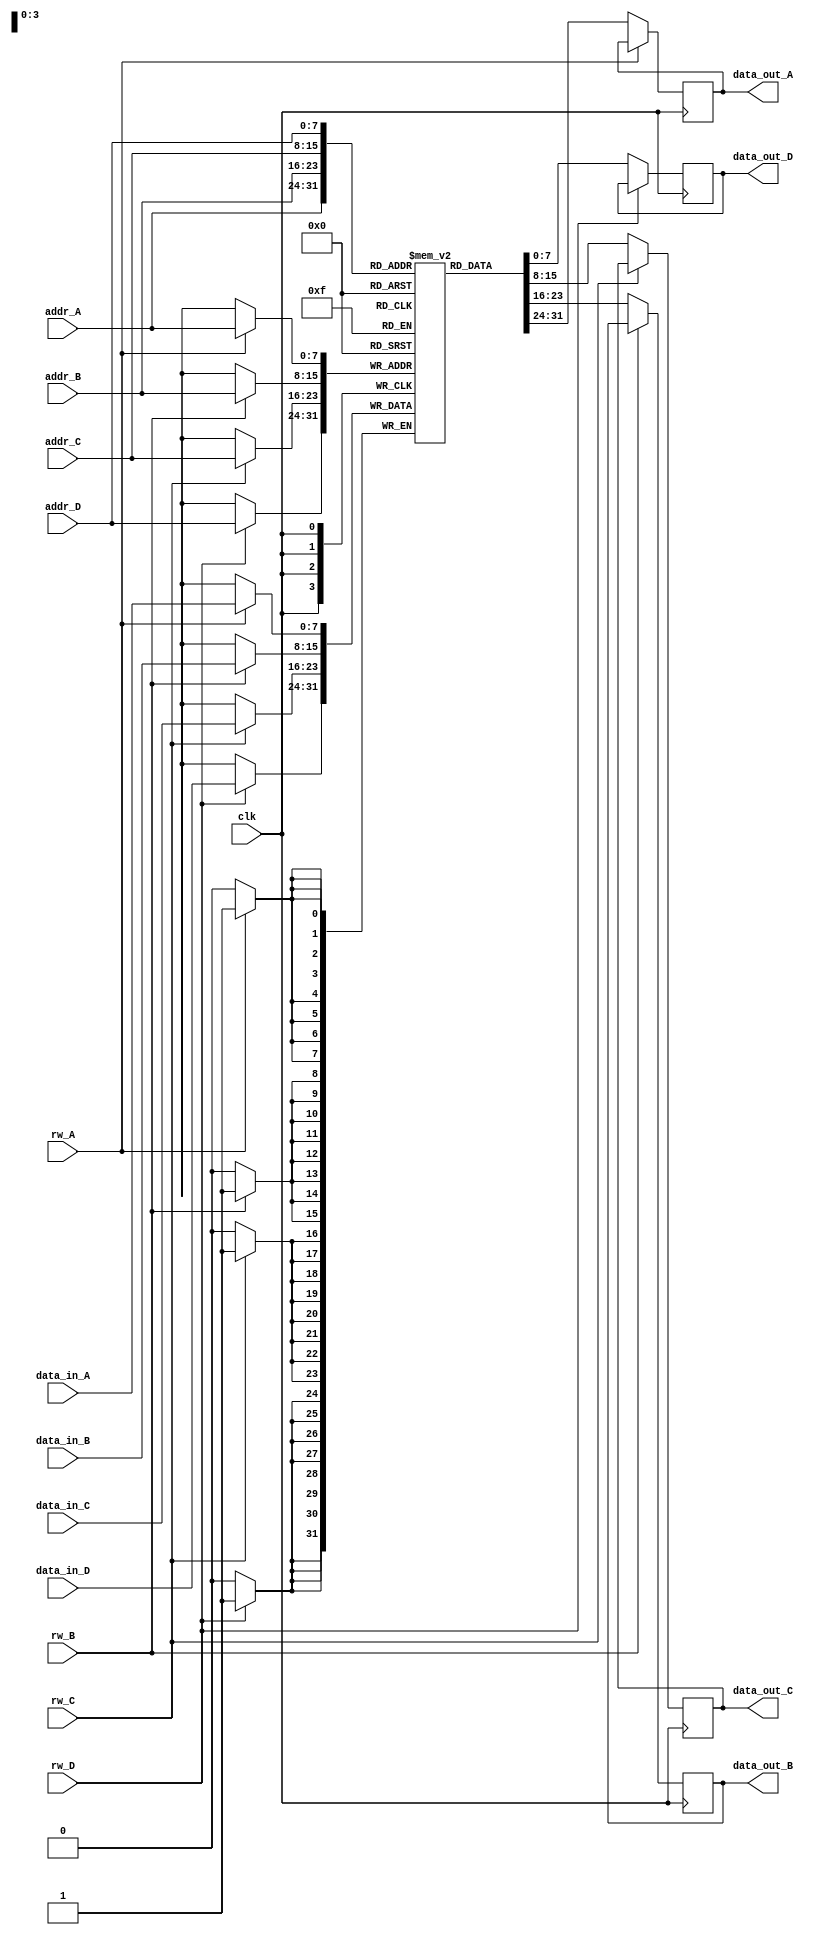
module quad_port_ram #(
    parameter DATA_WIDTH = 8,  // Width of each data bus
    parameter ADDR_WIDTH = 8   // Address width (number of addresses)
)(
    input wire clk,
    
    // Port A
    input wire [ADDR_WIDTH-1:0] addr_A,
    input wire [DATA_WIDTH-1:0] data_in_A,
    input wire rw_A,  // 0: Read, 1: Write
    output reg [DATA_WIDTH-1:0] data_out_A,

    // Port B
    input wire [ADDR_WIDTH-1:0] addr_B,
    input wire [DATA_WIDTH-1:0] data_in_B,
    input wire rw_B,  // 0: Read, 1: Write
    output reg [DATA_WIDTH-1:0] data_out_B,

    // Port C
    input wire [ADDR_WIDTH-1:0] addr_C,
    input wire [DATA_WIDTH-1:0] data_in_C,
    input wire rw_C,  // 0: Read, 1: Write
    output reg [DATA_WIDTH-1:0] data_out_C,

    // Port D
    input wire [ADDR_WIDTH-1:0] addr_D,
    input wire [DATA_WIDTH-1:0] data_in_D,
    input wire rw_D,  // 0: Read, 1: Write
    output reg [DATA_WIDTH-1:0] data_out_D
);

    // Memory array declaration
    reg [DATA_WIDTH-1:0] memory [(2**ADDR_WIDTH)-1:0];

    // Synchronous operation for all ports
    always @(posedge clk) begin
        // Port A operation
        if (rw_A) begin
            // Write operation
            memory[addr_A] <= data_in_A;
        end else begin
            // Read operation
            data_out_A <= memory[addr_A];
        end

        // Port B operation
        if (rw_B) begin
            // Write operation
            memory[addr_B] <= data_in_B;
        end else begin
            // Read operation
            data_out_B <= memory[addr_B];
        end

        // Port C operation
        if (rw_C) begin
            // Write operation
            memory[addr_C] <= data_in_C;
        end else begin
            // Read operation
            data_out_C <= memory[addr_C];
        end
        
        // Port D operation
        if (rw_D) begin
            // Write operation
            memory[addr_D] <= data_in_D;
        end else begin
            // Read operation
            data_out_D <= memory[addr_D];
        end
    end

endmodule